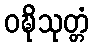
ဝဍ္ဎိသုတ္တံ